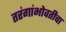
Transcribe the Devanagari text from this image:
तरंगांभोवतीचा